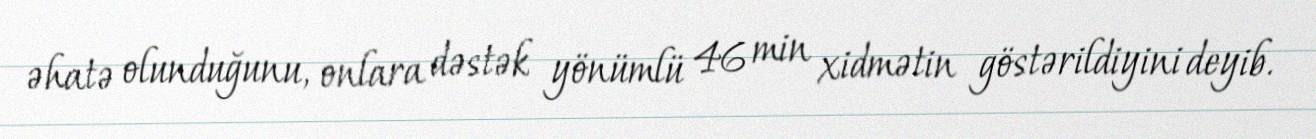
əhatə olunduğunu, onlara dəstək yönümlü 46 min xidmətin göstərildiyini deyib.